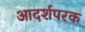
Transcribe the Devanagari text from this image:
आदर्शपरक